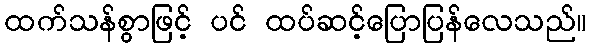
ထက်သန်စွာဖြင့် ပင် ထပ်ဆင့်ပြောပြန်လေသည်။